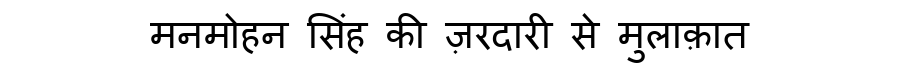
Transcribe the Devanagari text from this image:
मनमोहन सिंह की ज़रदारी से मुलाक़ात